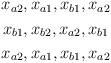
LaTeX: \begin{align*} \begin{gathered}x_{a2}, x_{a1}, x_{b1}, x_{a2} \\x_{b1}, x_{b2}, x_{a2}, x_{b1} \\x_{a2}, x_{a1}, x_{b1}, x_{a2} \end{gathered}\end{align*}